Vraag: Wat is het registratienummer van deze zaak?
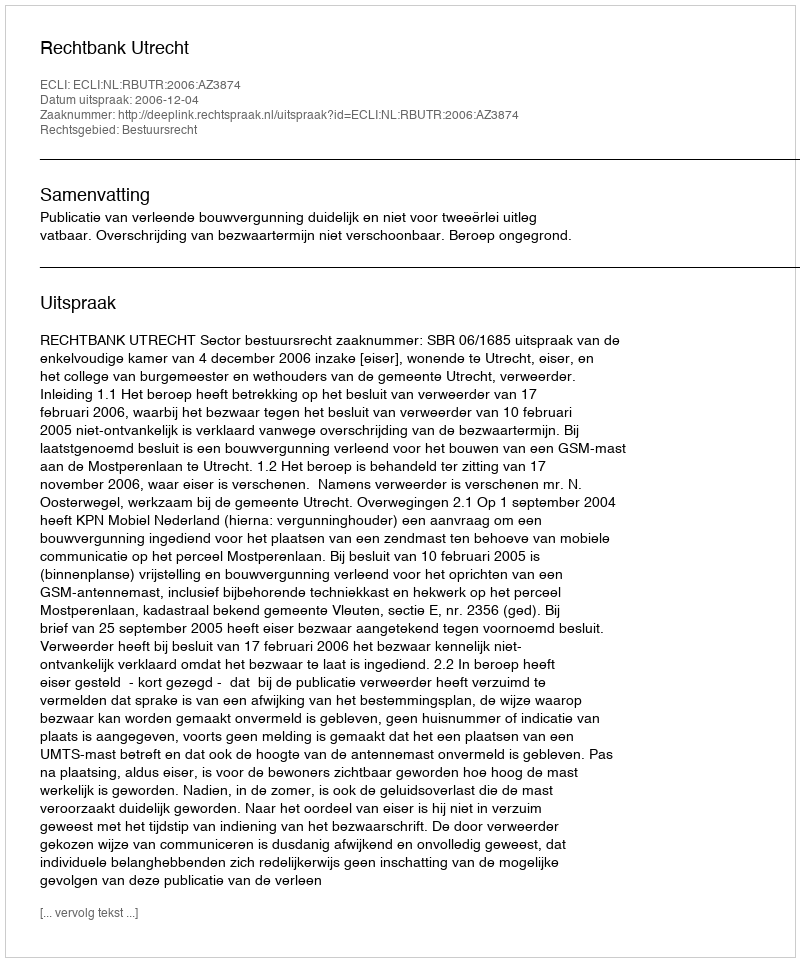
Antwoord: http://deeplink.rechtspraak.nl/uitspraak?id=ECLI:NL:RBUTR:2006:AZ3874